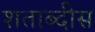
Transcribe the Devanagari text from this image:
शताब्दीस